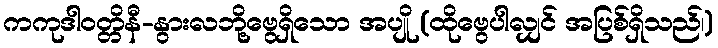
ကကုဒါဝတ္တိနီ-နွားလဘို့ဗွေရှိသော အပျို (ထိုဗွေပါလျှင် အပြစ်ရှိသည်၊)